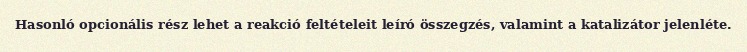
Hasonló opcionális rész lehet a reakció feltételeit leíró összegzés, valamint a katalizátor jelenléte.